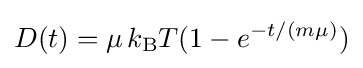
D(t)=\mu \,k_{\rm {B}}T(1-e^{-t/(m\mu )})